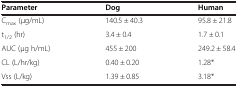
<table><thead><tr><td><b>Parameter</b></td><td><b>Dog</b></td><td><b>Human</b></td></tr></thead><tbody><tr><td>C<sub>max</sub> (μg/mL)</td><td>140.5 ± 40.3</td><td>95.8 ± 21.8</td></tr><tr><td>t<sub>1/2</sub> (hr)</td><td>3.4 ± 0.4</td><td>1.7 ± 0.1</td></tr><tr><td>AUC (μg h/mL)</td><td>455 ± 200</td><td>249.2 ± 58.4</td></tr><tr><td>CL (L/hr/kg)</td><td>0.40 ± 0.20</td><td>1.28*</td></tr><tr><td>Vss (L/kg)</td><td>1.39 ± 0.85</td><td>3.18*</td></tr></tbody></table>